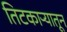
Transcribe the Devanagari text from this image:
तिटकाऱ्यातून